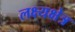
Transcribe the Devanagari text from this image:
लक्ष्यक्षेत्र